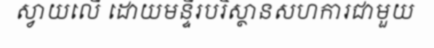
ស្វាយលើ ដោយមន្ទីរបរិស្ថានសហការជាមួយ